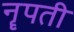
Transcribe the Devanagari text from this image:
नॄपती